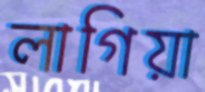
লাগিয়া